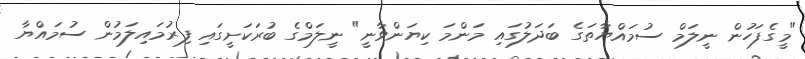
"މީގެފަހުން ނީލަމް ސުމައްޔާތަގެ ބަދަލުގައި މަންމަ ކިޔަންވާނީ" ނީލަމްގެ ބުރަކަށީގައި ފިރުމައިލަމުން ސުމައްޔާ